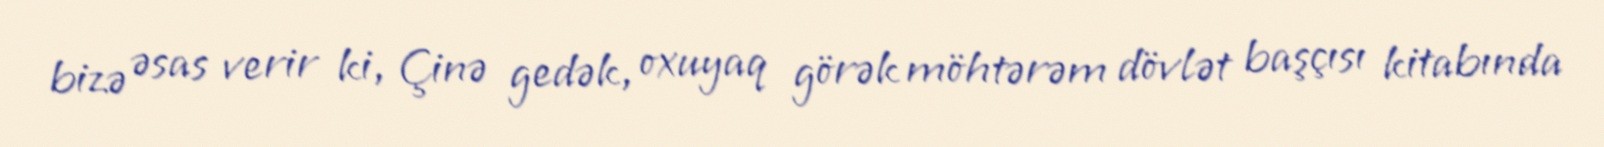
bizə əsas verir ki, Çinə gedək, oxuyaq görək möhtərəm dövlət başçısı kitabında